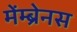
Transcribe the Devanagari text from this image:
मेंम्ब्रेनस